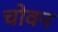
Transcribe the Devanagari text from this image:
चोवन